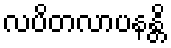
လပိတလာပနန္တိ